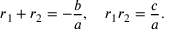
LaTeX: r _ { 1 } + r _ { 2 } = - { \frac { b } { a } } , \quad r _ { 1 } r _ { 2 } = { \frac { c } { a } } .